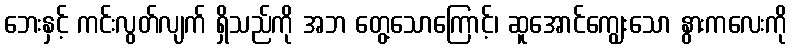
ဘေးနှင့် ကင်းလွတ်လျက် ရှိသည်ကို အဘ တွေ့သောကြောင့်၊ ဆူအောင်ကျွေးသော နွားကလေးကို